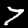
Label: 7